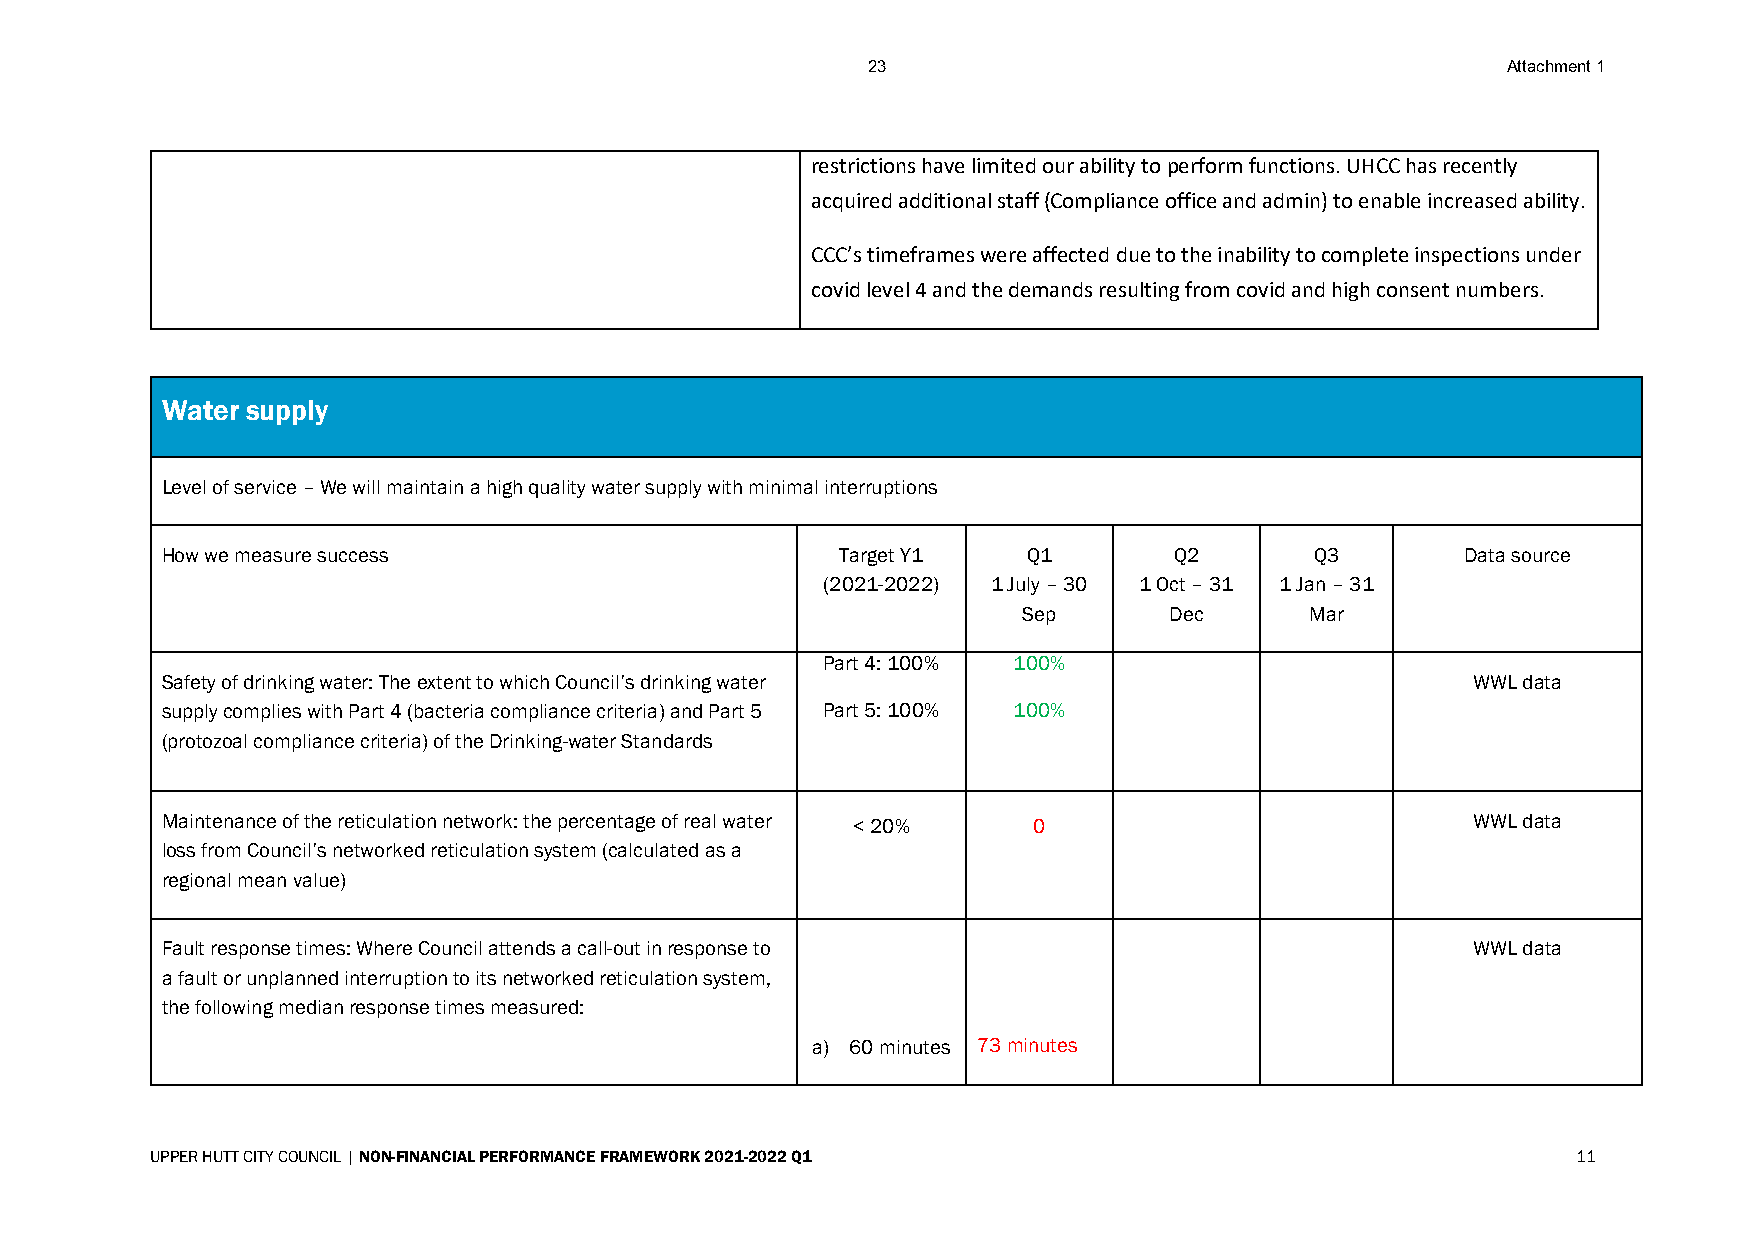
23                                         Attachment 1
 restrictions have limited our ability to perform functions. UHCC has recently
 acquired additional staff (Compliance office and admin) to enable increased ability.
 CCC’s timeframes were affected due to the inability to complete inspections under
 covid level 4 and the demands resulting from covid and high consent numbers.
 Water supply
 Level of service – We will maintain a high quality water supply with minimal interruptions
 How we measure success                       Target Y1   Q1        Q2       Q3        Data source
 (2021-2022) 1 July – 30 1 Oct – 31 1 Jan – 31
 Sep      Dec       Mar
 Part 4: 100% 100%
 Safety of drinking water: The extent to which Council’s drinking water                WWL data
 supply complies with Part 4 (bacteria compliance criteria) and Part 5 Part 5: 100% 100%
 (protozoal compliance criteria) of the Drinking-water Standards
 Maintenance of the reticulation network: the percentage of real water < 20% 0         WWL data
 loss from Council’s networked reticulation system (calculated as a
 regional mean value)
 Fault response times: Where Council attends a call-out in response to                 WWL data
 a fault or unplanned interruption to its networked reticulation system,
 the following median response times measured:
 a) 60 minutes 73 minutes
 UPPER HUTT CITY COUNCIL | NON-FINANCIAL PERFORMANCE FRAMEWORK 2021-2022 Q1                    11